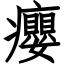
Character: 癭